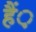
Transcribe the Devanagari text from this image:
हैं़